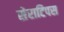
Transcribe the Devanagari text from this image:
सेराटिपस